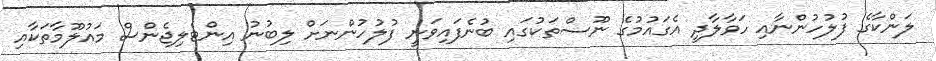
ލަންކާގެ ފުލުހުންނާއި ހަވާލާދީ އެގައުމުގެ ނޫސްތަކުގައި ބުނެފައިވަނީ ފުލުހުންނަށް ލިބުނު އިންޓެލިޖެންސް މައުލޫމާތަކާއި